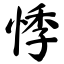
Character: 悸